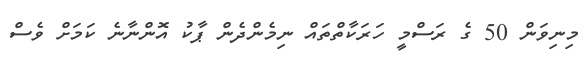
މިނިވަން 50 ގެ ރަސްމީ ހަރަކާތްތައް ނިމެންދެން ޕާކު އޮންނާނެ ކަމަށް ވެސް